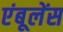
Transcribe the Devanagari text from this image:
एंबूलेंस